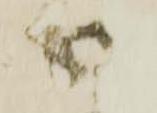
御